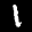
Label: 1